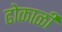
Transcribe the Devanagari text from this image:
ढोकाळी